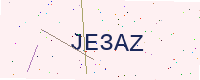
Text: JE3AZ